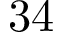
3 4